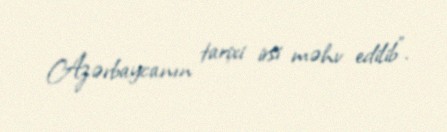
Azərbaycanın tarixi irsi məhv edilib”.